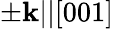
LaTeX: \pm\mathbf{k}||[001]